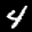
Label: 4